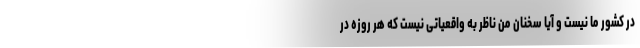
در كشور ما نيست و آيا سخنان من ناظر به واقعيّاتى نيست كه هر روزه در